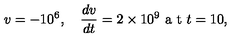
v = - 1 0 ^ { 6 } , \quad \frac { d v } { d t } = 2 \times 1 0 ^ { 9 } \textrm { a t } t = 1 0 ,